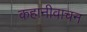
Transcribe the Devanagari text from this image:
कहानीवाचन